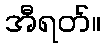
အီရတ်။